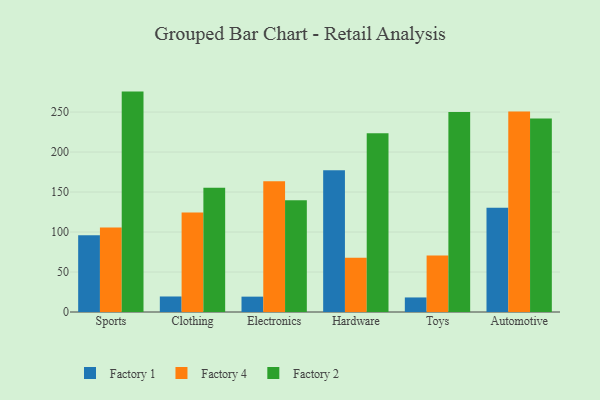
{"axis": {"x": "Category", "y": "Energy Usage (MWh)"}, "legend": ["Factory 1", "Factory 2", "Factory 4"], "data": [{"x": "Sports", "y": 96.0, "type": "Factory 1"}, {"x": "Sports", "y": 105.7, "type": "Factory 4"}, {"x": "Sports", "y": 275.6, "type": "Factory 2"}, {"x": "Clothing", "y": 19.4, "type": "Factory 1"}, {"x": "Clothing", "y": 124.4, "type": "Factory 4"}, {"x": "Clothing", "y": 155.3, "type": "Factory 2"}, {"x": "Electronics", "y": 19.2, "type": "Factory 1"}, {"x": "Electronics", "y": 163.5, "type": "Factory 4"}, {"x": "Electronics", "y": 139.7, "type": "Factory 2"}, {"x": "Hardware", "y": 177.4, "type": "Factory 1"}, {"x": "Hardware", "y": 67.7, "type": "Factory 4"}, {"x": "Hardware", "y": 223.4, "type": "Factory 2"}, {"x": "Toys", "y": 18.2, "type": "Factory 1"}, {"x": "Toys", "y": 70.8, "type": "Factory 4"}, {"x": "Toys", "y": 250.0, "type": "Factory 2"}, {"x": "Automotive", "y": 130.4, "type": "Factory 1"}, {"x": "Automotive", "y": 250.8, "type": "Factory 4"}, {"x": "Automotive", "y": 242.1, "type": "Factory 2"}]}